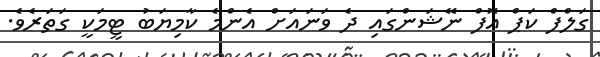
ގަލްފް ކަޕް އޮފް ނޭޝަންގައި ދެ ވަނައަށް އެންމެ ކާމިޔަބު ޓީމަކީ ގަތަރެވެ.